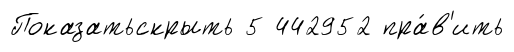
Показатьскрыть 5 442952 пра́в'ить